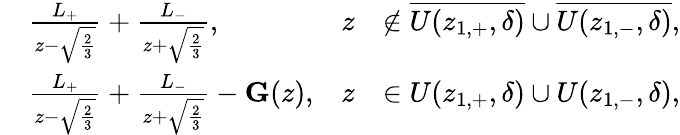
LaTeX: \begin{array}{rlrl}&{\frac{L_{+}}{z-\sqrt{\frac{2}{3}}}+\frac{L_{-}}{z+\sqrt{\frac{2}{3}}},}&{z}&{\notin\overline{{U(z_{1,+},\delta)}}\cup\overline{{U(z_{1,-},\delta)}},}\\ &{\frac{L_{+}}{z-\sqrt{\frac{2}{3}}}+\frac{L_{-}}{z+\sqrt{\frac{2}{3}}}-\mathbf{G}(z),}&{z}&{\in U(z_{1,+},\delta)\cup U(z_{1,-},\delta),}\end{array}